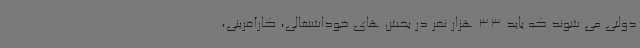
دولتی می شوند که باید 33 هزار نفر در بخش های خوداشتغالی، کارآفرینی،